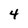
Character: 4